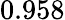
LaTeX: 0.958